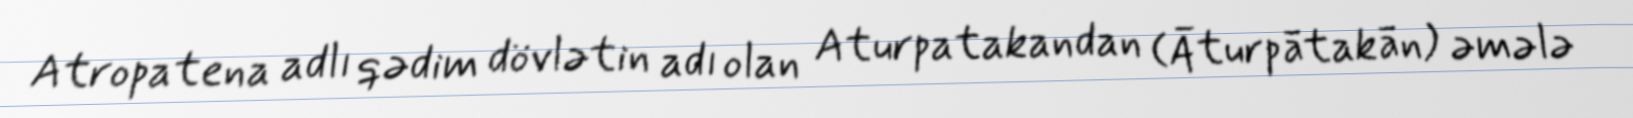
Atropatena adlı qədim dövlətin adı olan Aturpatakandan (Āturpātakān) əmələ